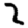
Digit: 2